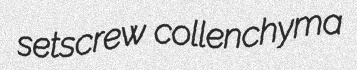
setscrew collenchyma